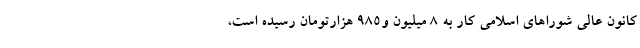
کانون عالی شوراهای اسلامی کار به ۸ میلیون و۹۸۵ هزارتومان رسیده است،